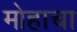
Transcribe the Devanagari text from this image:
मोहाचा